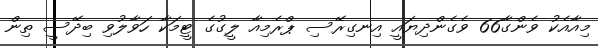
މިއާއެކު ވެންގާ66 ވެގެންދިޔައީ އިނގިރޭސި ޕްރެމިއާ ލީގުގެ ޓީމަކާ ހަވާލުވި ބިދޭސީ ތިން